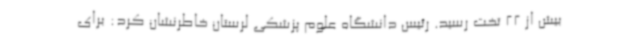
بیش از 22 تخت رسید. رئیس دانشگاه علوم پزشکی لرستان خاطرنشان کرد: برای